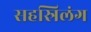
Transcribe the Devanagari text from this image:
सहस्रिलंग